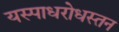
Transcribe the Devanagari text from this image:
यस्पाधरोधस्तन